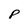
Character: p